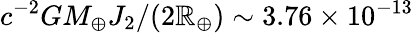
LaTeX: c^{-2}GM_{\oplus}J_{2}/(2\mathbb{R}_{\oplus})\sim3.76\times10^{-13}